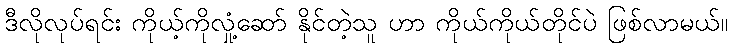
ဒီလိုလုပ်ရင်း ကိုယ့်ကိုလှုံ့ဆော် နိုင်တဲ့သူ ဟာ ကိုယ်ကိုယ်တိုင်ပဲ ဖြစ်လာမယ်။